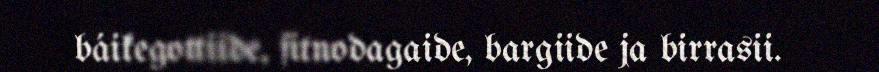
báikegottiide, fitnodagaide, bargiide ja birrasii.